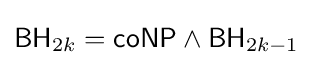
{\mathsf {BH}}_{2k}={\mathsf {coNP}}\wedge {\mathsf {BH}}_{2k-1}